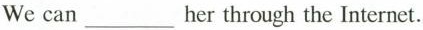
We can___her through the Internet.